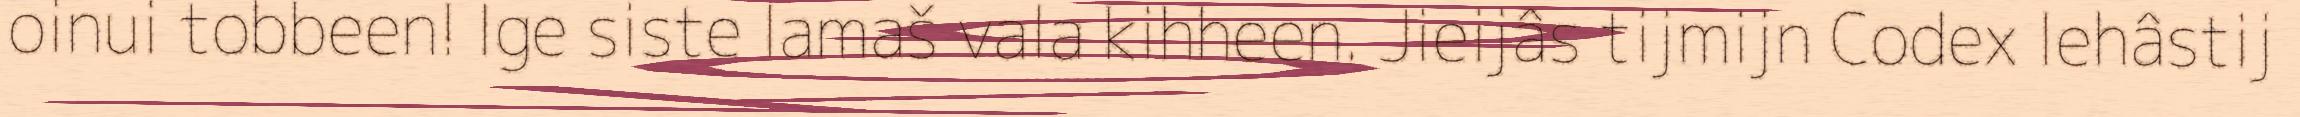
oinui tobbeen! Ige siste lamaš vala kihheen. Jieijâs tijmijn Codex lehâstij